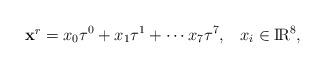
LaTeX: \begin{align*}\mbox{{\bf x$^r$}} = x_0\tau^0 + x_1 \tau^1 + \cdots x_7 \tau^7, \;\;\; x_i \in \mbox{I$\!$R}^8,\end{align*}